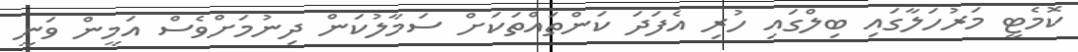
ކޮމެޓީ މަރުހަލާގައި ބިލްގައި ހުރި އެފަދަ ކަންތައްތަކަށް ސަމާލުކަން ދިނުމަށްވެސް އަމީން ވަނީ